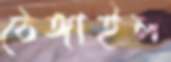
ঠেঙ্গাইল